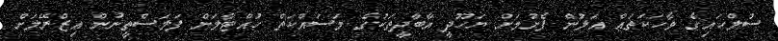
ސުލްހައިގެ ވާހަކަތައް އަލުން ފެށުމަށް ޔަހޫދީ އާބާދީތަކުގެ މަސައްކަތް ހުއްޓާލަން ފަލަސްތީނުން އިޒްރޭލަށް